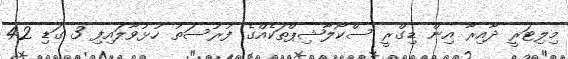
މިލިޓަރީ ދާއިރާ އިން ޑިގްރީ ސްކޯލާޝިޕްތަކެއްގެ ފުރުސަތު ހުޅުވާލައިފި 3 ގަޑި 42